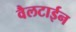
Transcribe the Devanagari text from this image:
वैलटाईन